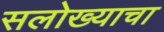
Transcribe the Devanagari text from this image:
सलोख्याचा